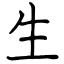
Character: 生